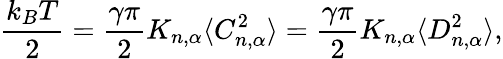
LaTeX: \frac{k_{B}T}{2}=\frac{\gamma\pi}{2}K_{n,\alpha}\langle C_{n,\alpha}^{2}\rangle=\frac{\gamma\pi}{2}K_{n,\alpha}\langle D_{n,\alpha}^{2}\rangle,